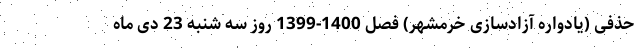
حذفی (یادواره آزادسازی خرمشهر) فصل 1400-1399 روز سه شنبه 23 دی ماه